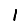
Digit: 1